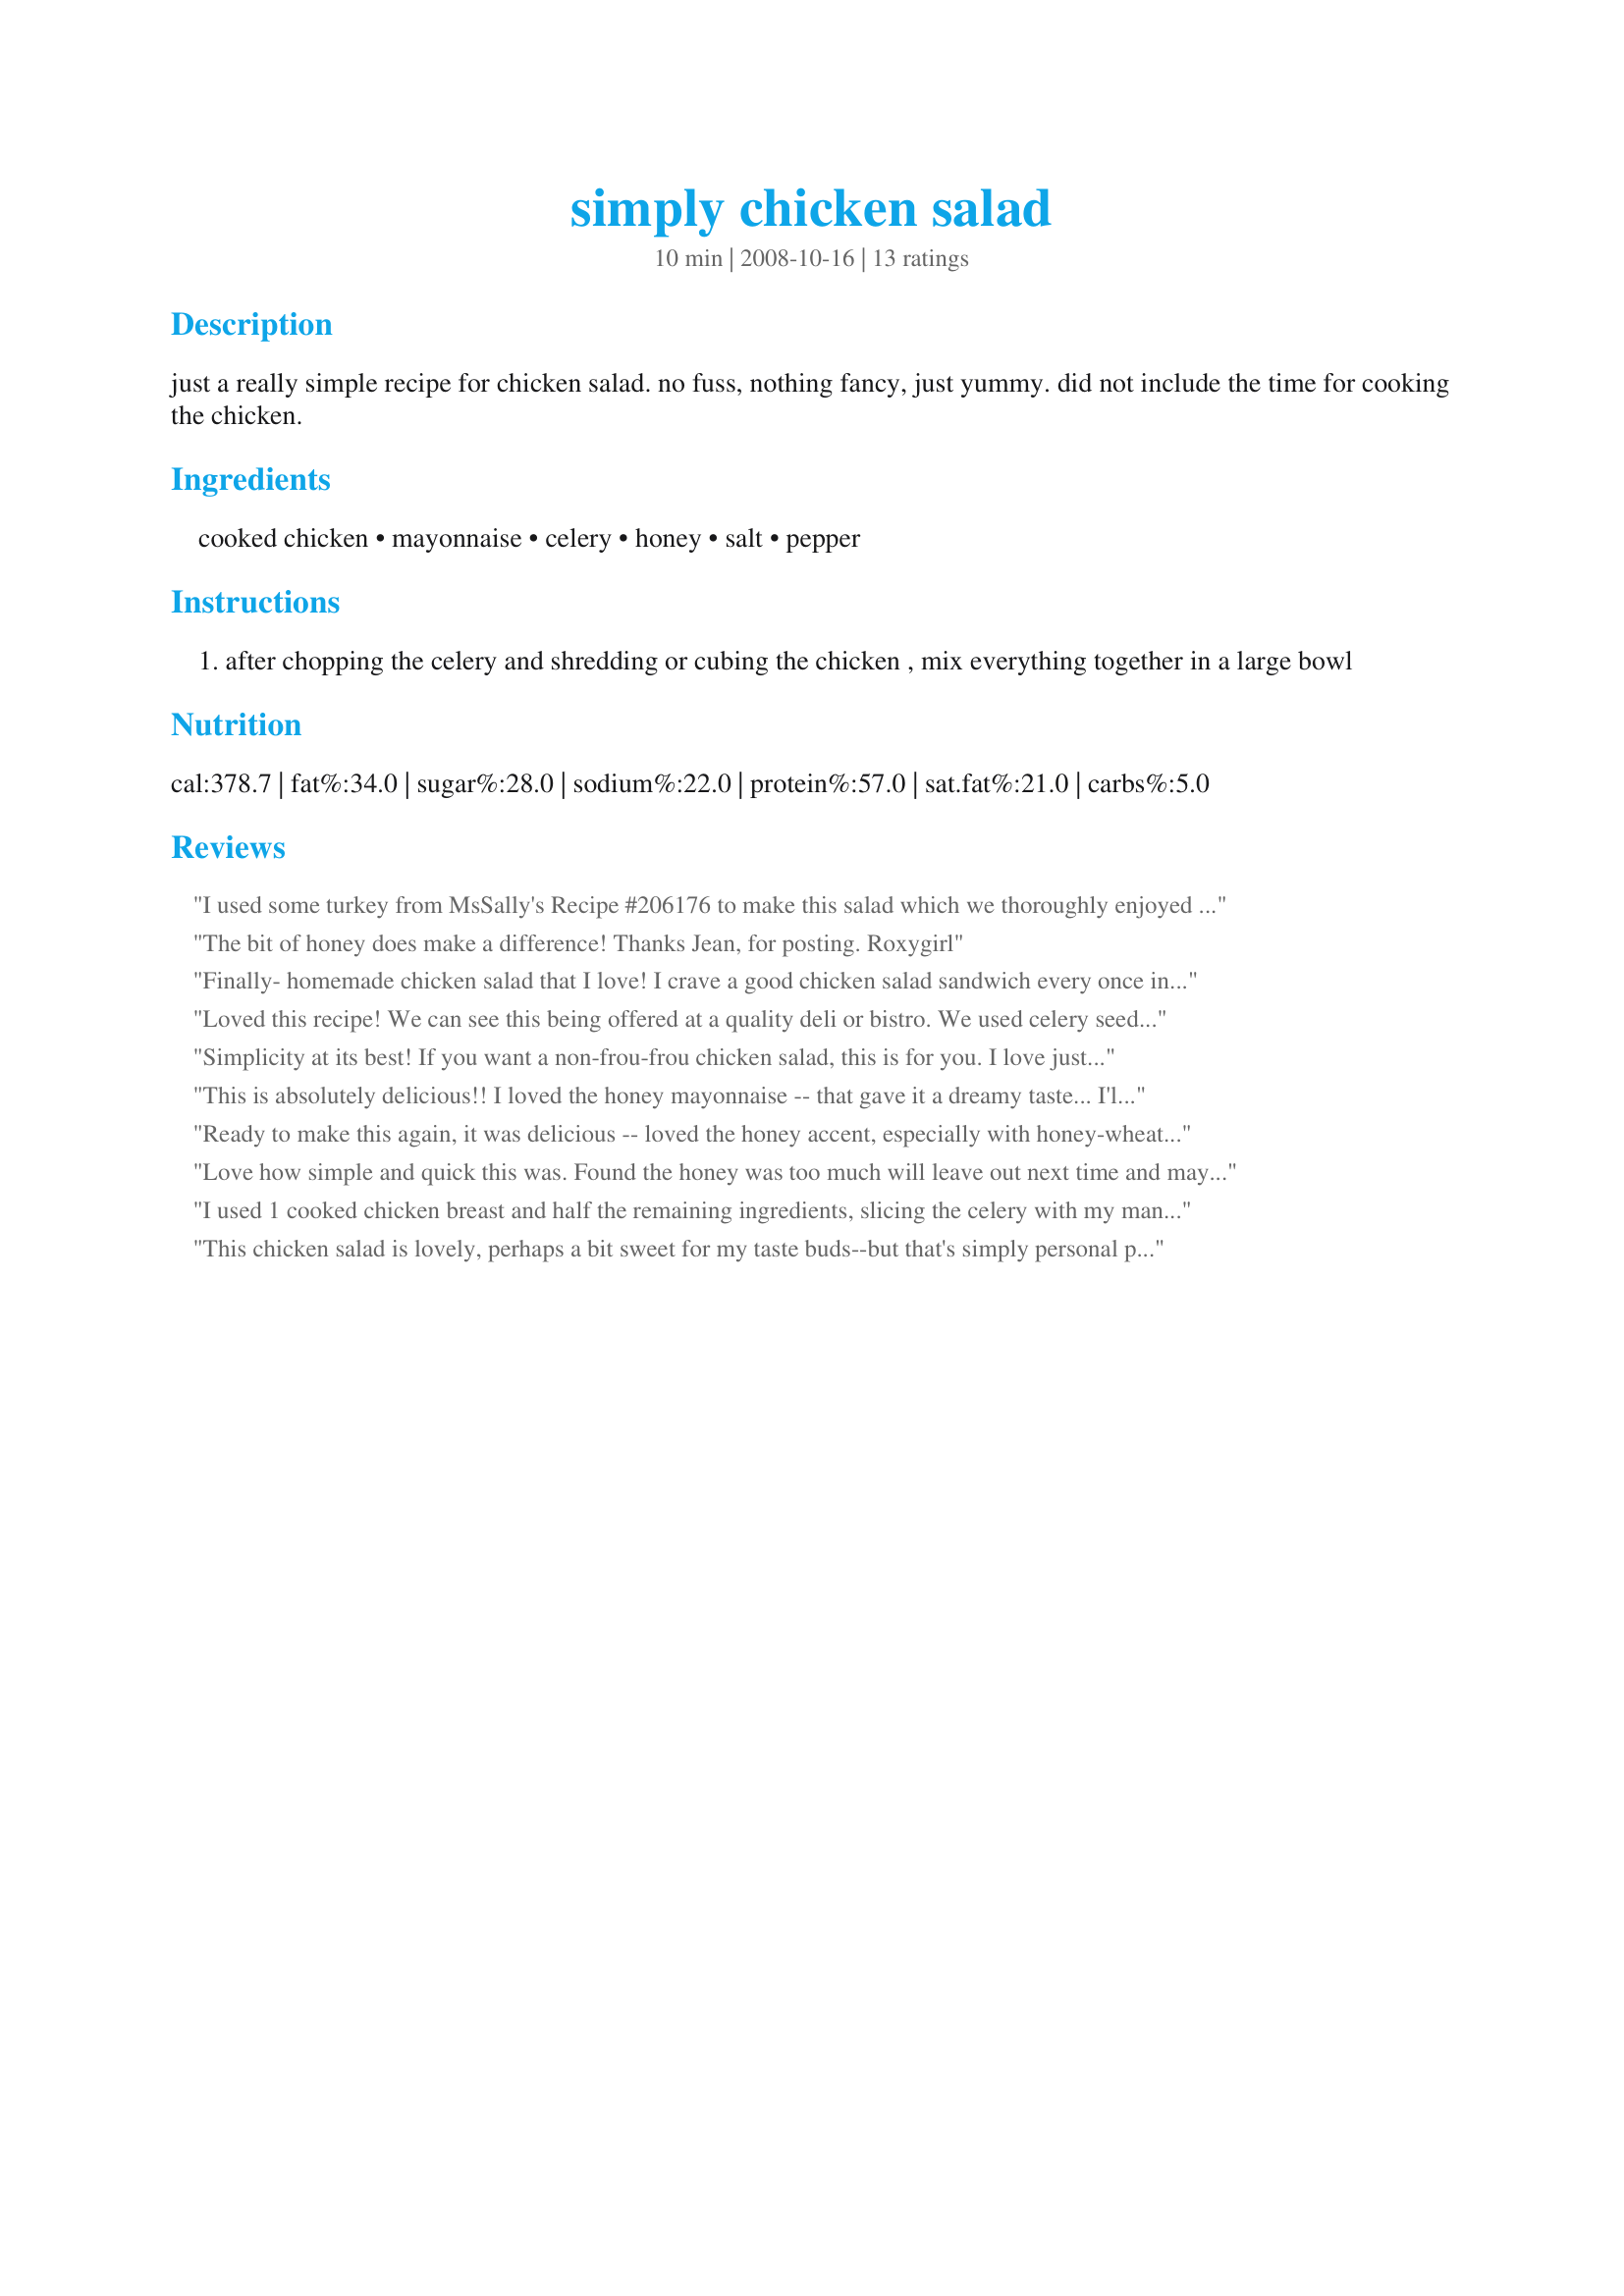
simply chicken salad
Preparation time: 10 minutes

just a really simple recipe for chicken salad. no fuss, nothing fancy, just yummy. did not include the time for cooking the chicken.

Ingredients:
cooked chicken, mayonnaise, celery, honey, salt, pepper

Steps:
after chopping the celery and shredding or cubing the chicken , mix everything together in a large bowl

Reviews:
I used some turkey from MsSally's Recipe #206176 to make this salad which we thoroughly enjoyed in rustic ciabatta bread with baby spinach leaves for a truly delicious lunch. A great blend of flavours. Loved the honey in this. I'll be making this again, with chicken next time. It will be a great recipe for making take-to-work lunches. Thank you! Made for PRMR.
The bit of honey does make a difference! Thanks Jean, for posting.
Roxygirl
Finally- homemade chicken salad that I love! I crave a good chicken salad sandwich every once in a while, but am never happy with my result. Scaled this recipe down considerably using one very large chicken breast that I'd baked earlier then left in the fridge. Used my handy-dandy food processor to mince the celery, the onion and finally the chicken separately, then combined all items with a mixture of miracle whip/mayo, drizzle of honey and salt. Super duper tasty...just right sweetness and lovely on a toasted english muffin. Will be a staple in our house!
Loved this recipe! We can see this being offered at a quality deli or bistro. We used celery seed because we were out of celery. Definitely making this often. It's a great twist on an old favorite. The honey mayo is delicious! Thanks for posting. :)
Simplicity at its best! If you want a non-frou-frou chicken salad, this is for you. I love just the tiniest bit of sweetness that the honey adds. Thanks for posting Chef Jean! Made for PRMR tag game.
This is absolutely delicious!! I loved the honey mayonnaise -- that gave it a dreamy taste... I'll never make chicken salad any other way! My husband and kids both loved it as much as I did, so it's a new family favorite! Thanks so much for sharing! Definitely a 5 star recipe!
Ready to make this again, it was delicious -- loved the honey accent, especially with honey-wheat bread -- but 1/4 cup of mayonnaise was enough. This made 3 LARGE sandwiches. Thank you for sharing this recipe, Chef Jean. Made for Please Review My Recipe.
Love how simple and quick this was. Found the honey was too much will leave out next time and maybe try adding just a very small amount of onion. So yes will make aging just with out the honey. Thanks for the post.
I used 1 cooked chicken breast and half the remaining ingredients, slicing the celery with my mandoline. I loved the addition of honey and served it on bakery deli-rye. Thanks for posting Jean. Made for Pick A Chef Spring 2011.
This chicken salad is lovely, perhaps a bit sweet for my taste buds--but that's simply personal preference. I might add dried cranberries or sour cherries the next time to add a bit of tartness.
I liked it!
Great recipe. So easy to make and it was delicious. You get just a hint of sweetness with the honey. It's perfect. I served it over a bed of greens.
While making this recipe I actually confused it with another I had read just before choosing to do this one, and I accidentally squeezed in half a lemon before realising "Woops! The lemon was for the other recipe!" But other than that slight mistake, I think this salad is wonderful :-) For my taste-testing anyway lol, it's still in the fridge resting for a couple hours before I serve it for lunch! But I'm sure my guests will all agree ;)
This simple chicken salad recipe was delicious. I followed the recipe, but used Lite mayo and miracle whip and a little cayenne pepper to spice it up. Everybody gobbled it up! Thanks.
